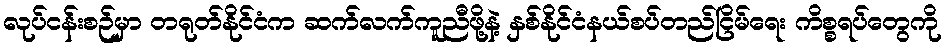
လုပ်ငန်းစဉ်မှာ တရုတ်နိုင်ငံက ဆက်လက်ကူညီဖို့နဲ့ နှစ်နိုင်ငံနယ်စပ်တည်ငြိမ်ရေး ကိစ္စရပ်တွေကို